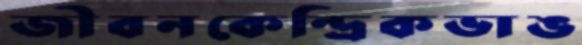
জীবনকেন্দ্রিকভাঙ